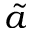
\tilde { a }